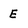
Character: E